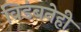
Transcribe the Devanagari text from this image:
विडंबनेही